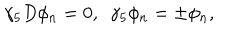
\gamma _ { 5 } D \phi _ { n } = 0 , \ \ \gamma _ { 5 } \phi _ { n } = \pm \phi _ { n } ,